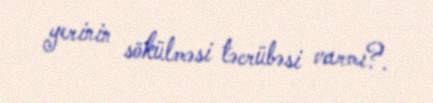
yerinin sökülməsi təcrübəsi varmı?.